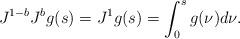
LaTeX: \begin{align*}J^{1-b} J^{b} g(s) = J^1 g(s) = \int_0^s g(\nu) d\nu .\end{align*}